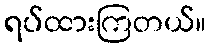
ရပ်ထားကြတယ်။